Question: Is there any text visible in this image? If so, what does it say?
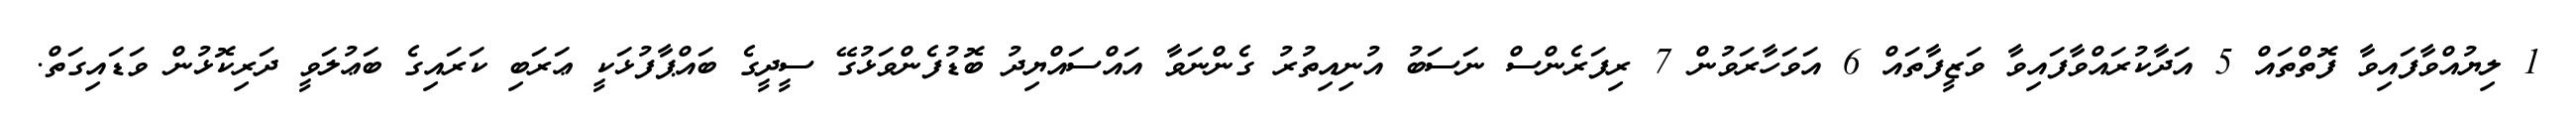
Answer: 1 ލިޔުއްވާފައިވާ ފޮތްތައް 5 އަދާކުރައްވާފައިވާ ވަޒީފާތައް 6 އަވަހާރަވުން 7 ރިފަރެންސް ނަސަބު އުނިއިތުރު ގެންނަވާ އައްސައްޔިދު ބޮޑުފެންވަޅުގޭ ސީދީގެ ބައްޕާފުޅަކީ ޢަރަބި ކަރައިގެ ބަޢުލަވީ ދަރިކޮޅުން ވަޑައިގަތް.